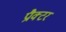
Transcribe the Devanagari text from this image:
प्रौक्टर